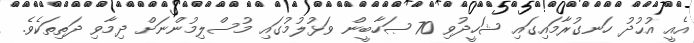
އެއީ އުޙުދު ހަނގުރާމައިގައި ޝަހީދުވި 70 ޞަހާބީން ވަޅުލުމުގައި މުސްލިމުންނަށް ދިމާވި ދަތިތަކެވެ.